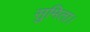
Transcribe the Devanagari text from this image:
सुमिता।